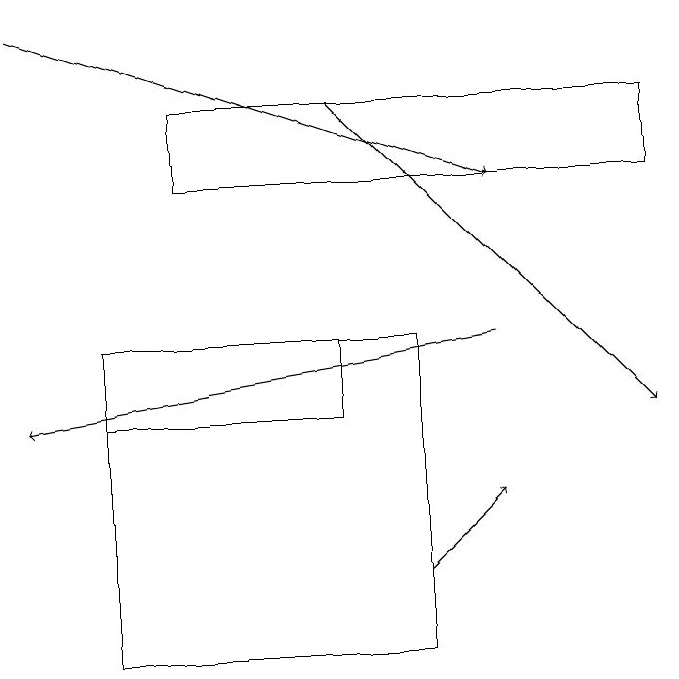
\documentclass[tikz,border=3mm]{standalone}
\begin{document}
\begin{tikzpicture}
\draw (2,15) rectangle (5,14);
\draw[->] (1,19) -- (7,17);
\draw[->] (6,12) -- (7,13);
\draw (6,11) rectangle (2,15);
\draw (9,17) rectangle (3,18);
\draw[->] (5,18) -- (9,14);
\draw[->] (7,15) -- (1,14);
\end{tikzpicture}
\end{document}